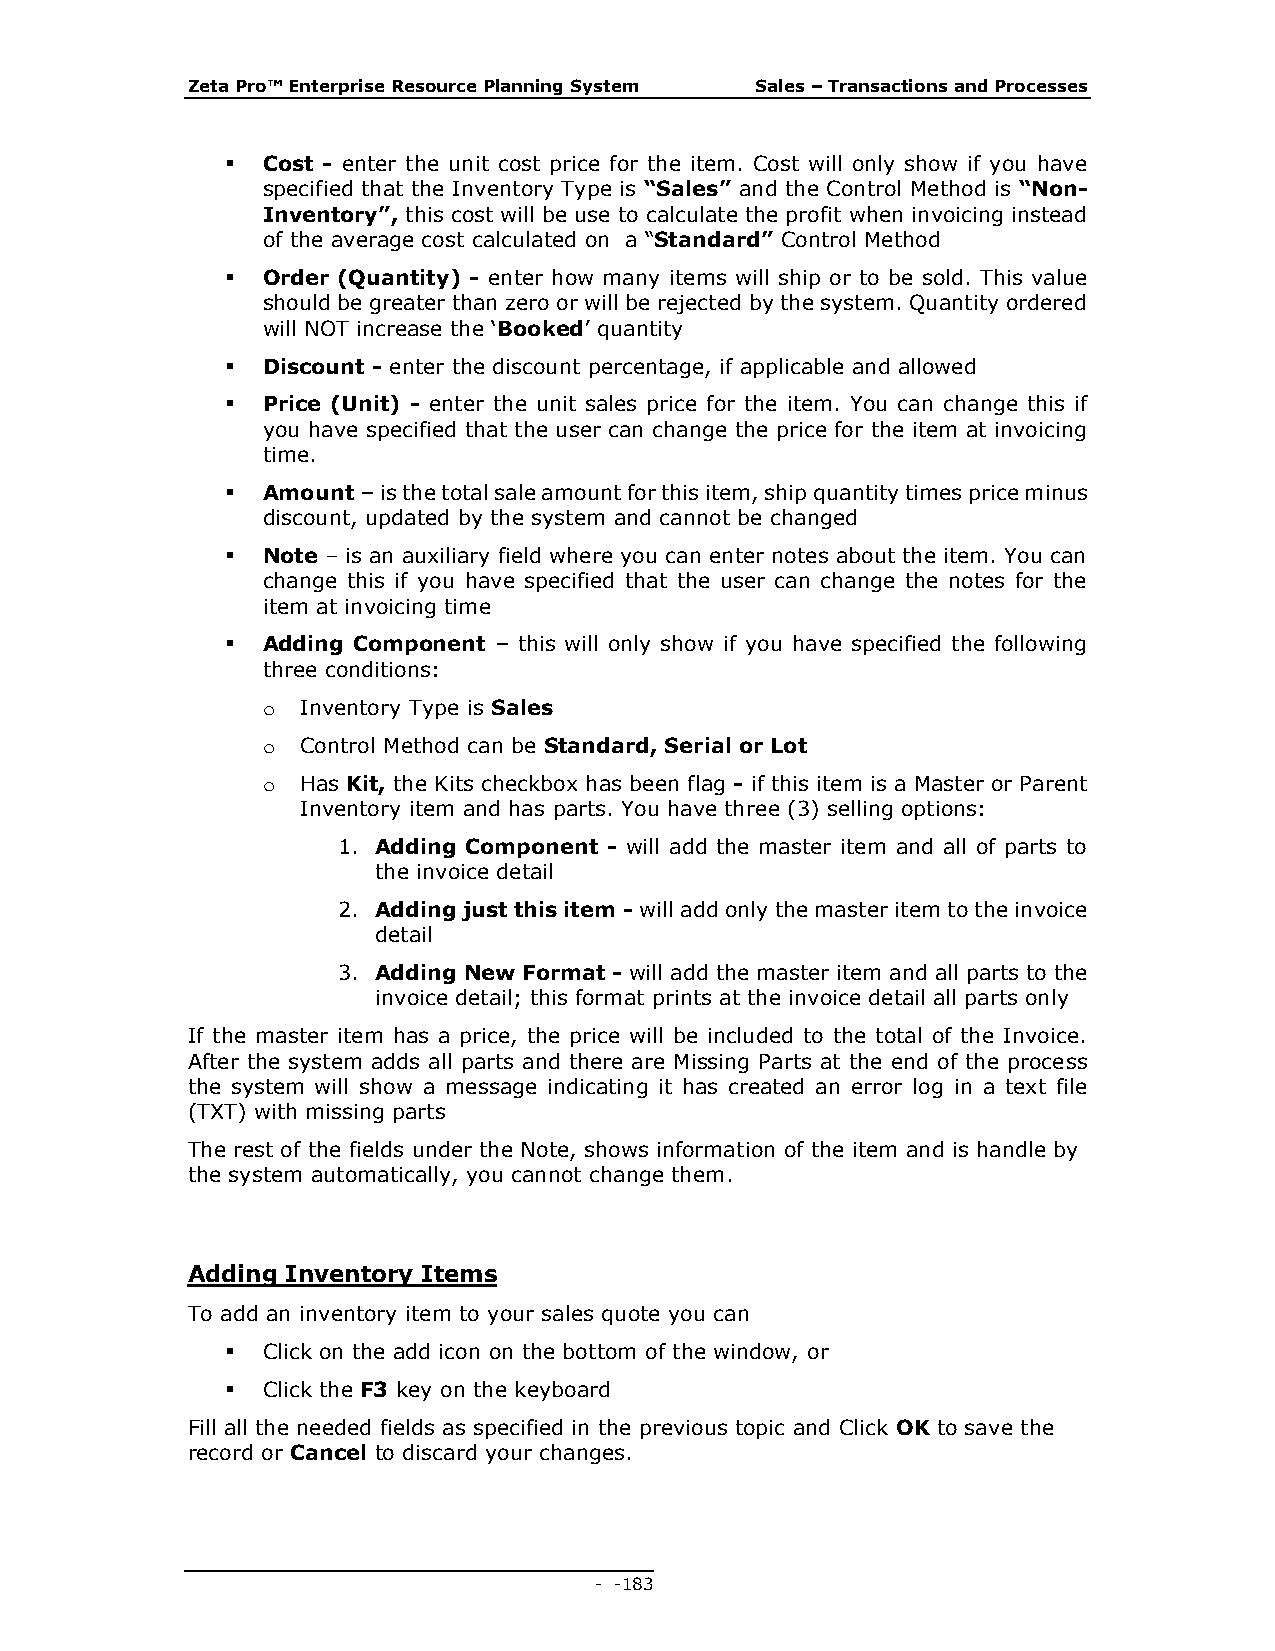
Zeta Pro™ Enterprise Resource Planning System Sales – Transactions and Processes
  Cost - enter the unit cost price for the item. Cost will only show if you have
 specified that the Inventory Type is “Sales” and the Control Method is “Non-
 Inventory”, this cost will be use to calculate the profit when invoicing instead
 of the average cost calculated on a “Standard” Control Method
  Order (Quantity) - enter how many items will ship or to be sold. This value
 should be greater than zero or will be rejected by the system. Quantity ordered
 will NOT increase the ‘Booked’ quantity
  Discount - enter the discount percentage, if applicable and allowed
  Price (Unit) - enter the unit sales price for the item. You can change this if
 you have specified that the user can change the price for the item at invoicing
 time.
  Amount – is the total sale amount for this item, ship quantity times price minus
 discount, updated by the system and cannot be changed
  Note – is an auxiliary field where you can enter notes about the item. You can
 change this if you have specified that the user can change the notes for the
 item at invoicing time
  Adding Component – this will only show if you have specified the following
 three conditions:
 o  Inventory Type is Sales
 o  Control Method can be Standard, Serial or Lot
 o  Has Kit, the Kits checkbox has been flag - if this item is a Master or Parent
 Inventory item and has parts. You have three (3) selling options:
 1. Adding Component - will add the master item and all of parts to
 the invoice detail
 2. Adding just this item - will add only the master item to the invoice
 detail
 3. Adding New Format - will add the master item and all parts to the
 invoice detail; this format prints at the invoice detail all parts only
 If the master item has a price, the price will be included to the total of the Invoice.
 After the system adds all parts and there are Missing Parts at the end of the process
 the system will show a message indicating it has created an error log in a text file
 (TXT) with missing parts
 The rest of the fields under the Note, shows information of the item and is handle by
 the system automatically, you cannot change them.
 Adding Inventory Items
 To add an inventory item to your sales quote you can
  Click on the add icon on the bottom of the window, or
  Click the F3 key on the keyboard
 Fill all the needed fields as specified in the previous topic and Click OK to save the
 record or Cancel to discard your changes.
 - - 183